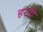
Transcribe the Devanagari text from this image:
हरड़ी